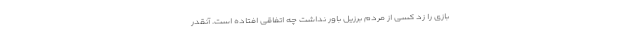
بازی را زد کسی از مردم برزیل باور نداشت چه اتفاقی افتاده است. آنقدر